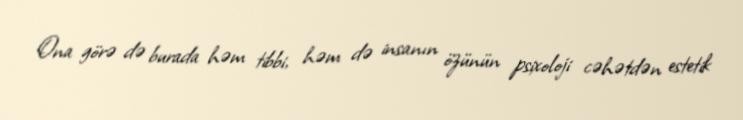
Ona görə də burada həm tibbi, həm də insanın özünün psixoloji cəhətdən estetik